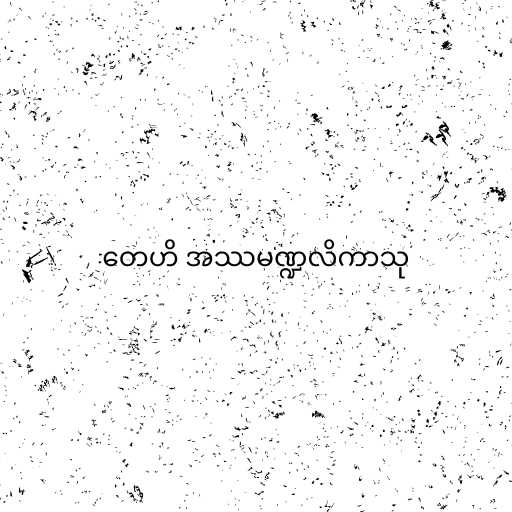
တေဟိ အဿမဏ္ဍလိကာသု